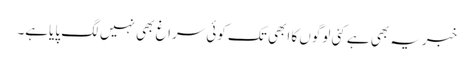
خبریہ بھی ہے کئی لوگوں کا ابھی تک کوئی سراغ بھی نہیں لگ پایاہے۔